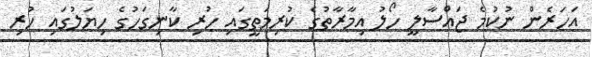
އަހަރެން ނުކުމެ ޖައްސާލީ ހޯލު އިމާރާތުގެ ކުރިމަތީގައި ހުރި ކާނިގަހުގެ ހިޔަލުގައި ހުރި